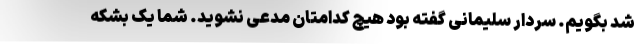
شد بگویم. سردار سلیمانی گفته بود هیچ کدامتان مدعی نشوید. شما یک بشکه